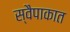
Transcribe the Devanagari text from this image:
स्वैपाकात